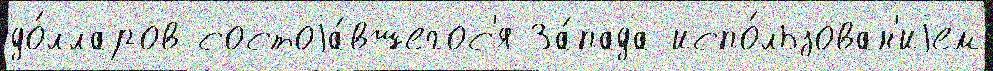
до́лларов состоjа́вшегос'я За́пада испо́льзован'иjем